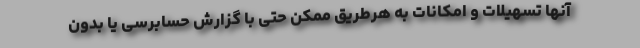
آنها تسهیلات و امکانات به هرطریق ممکن حتی با گزارش حسابرسی یا بدون